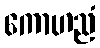
ကောဟညံ